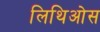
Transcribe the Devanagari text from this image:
लिथिओस